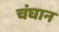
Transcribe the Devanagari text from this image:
चंघान